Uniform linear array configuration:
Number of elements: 48
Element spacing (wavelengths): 0.25
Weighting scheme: uniform
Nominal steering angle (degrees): -30
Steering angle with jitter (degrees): -31.04
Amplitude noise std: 0.05
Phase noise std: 0.05

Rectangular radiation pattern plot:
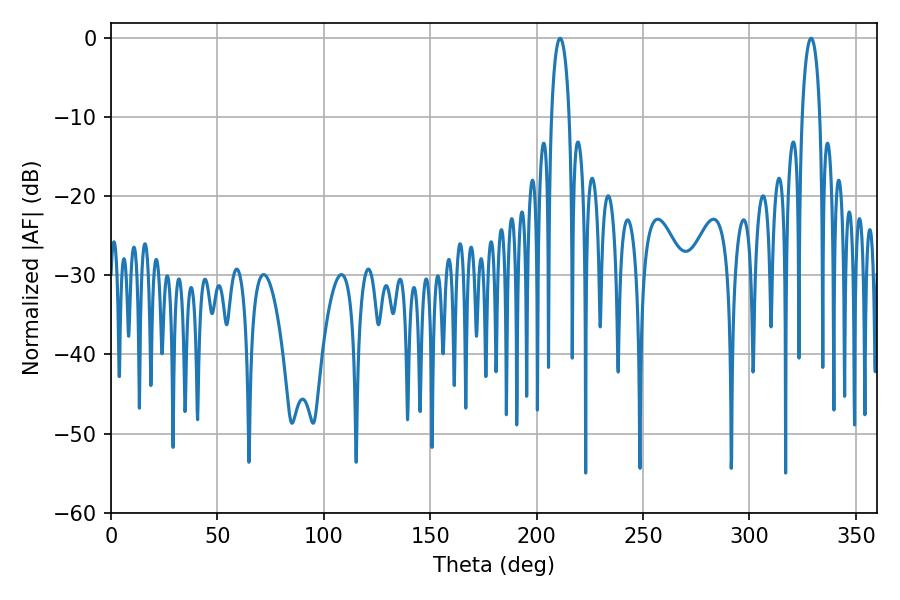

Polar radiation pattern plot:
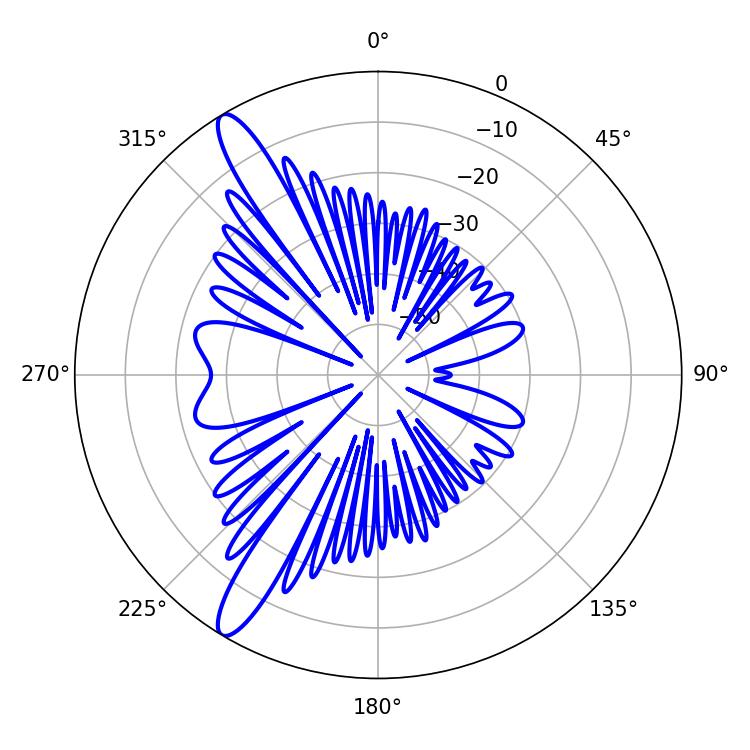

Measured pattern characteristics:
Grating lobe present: FALSE
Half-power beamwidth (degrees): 4.86
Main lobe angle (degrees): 210.96